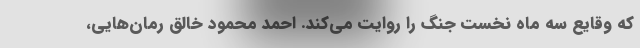
که وقایع سه ماه نخست جنگ را روایت می‌کند. احمد محمود خالق رمان‌هایی،